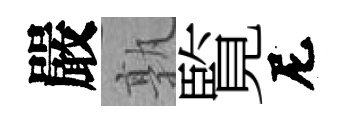
嚴孰覧尼